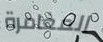
المغامرة